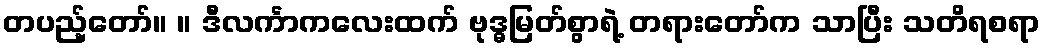
တပည့်တော်။ ။ ဒီလင်္ကာကလေးထက် ဗုဒ္ဓမြတ်စွာရဲ့ တရားတော်က သာပြီး သတိရစရာ